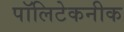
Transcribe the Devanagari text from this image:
पॉलिटेकनीक